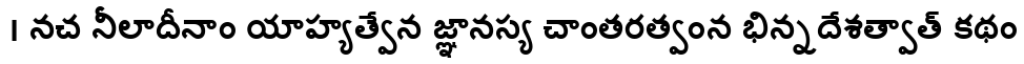
। నచ నీలాదీనాం యాహ్యత్వేన జ్ఞానస్య చాంతరత్వంన భిన్నదేశత్వాత్ కథం